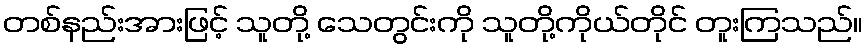
တစ်နည်းအားဖြင့် သူတို့ သေတွင်းကို သူတို့ကိုယ်တိုင် တူးကြသည်။